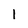
Character: 1